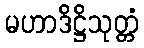
မဟာဒိဋ္ဌိသုတ္တံ